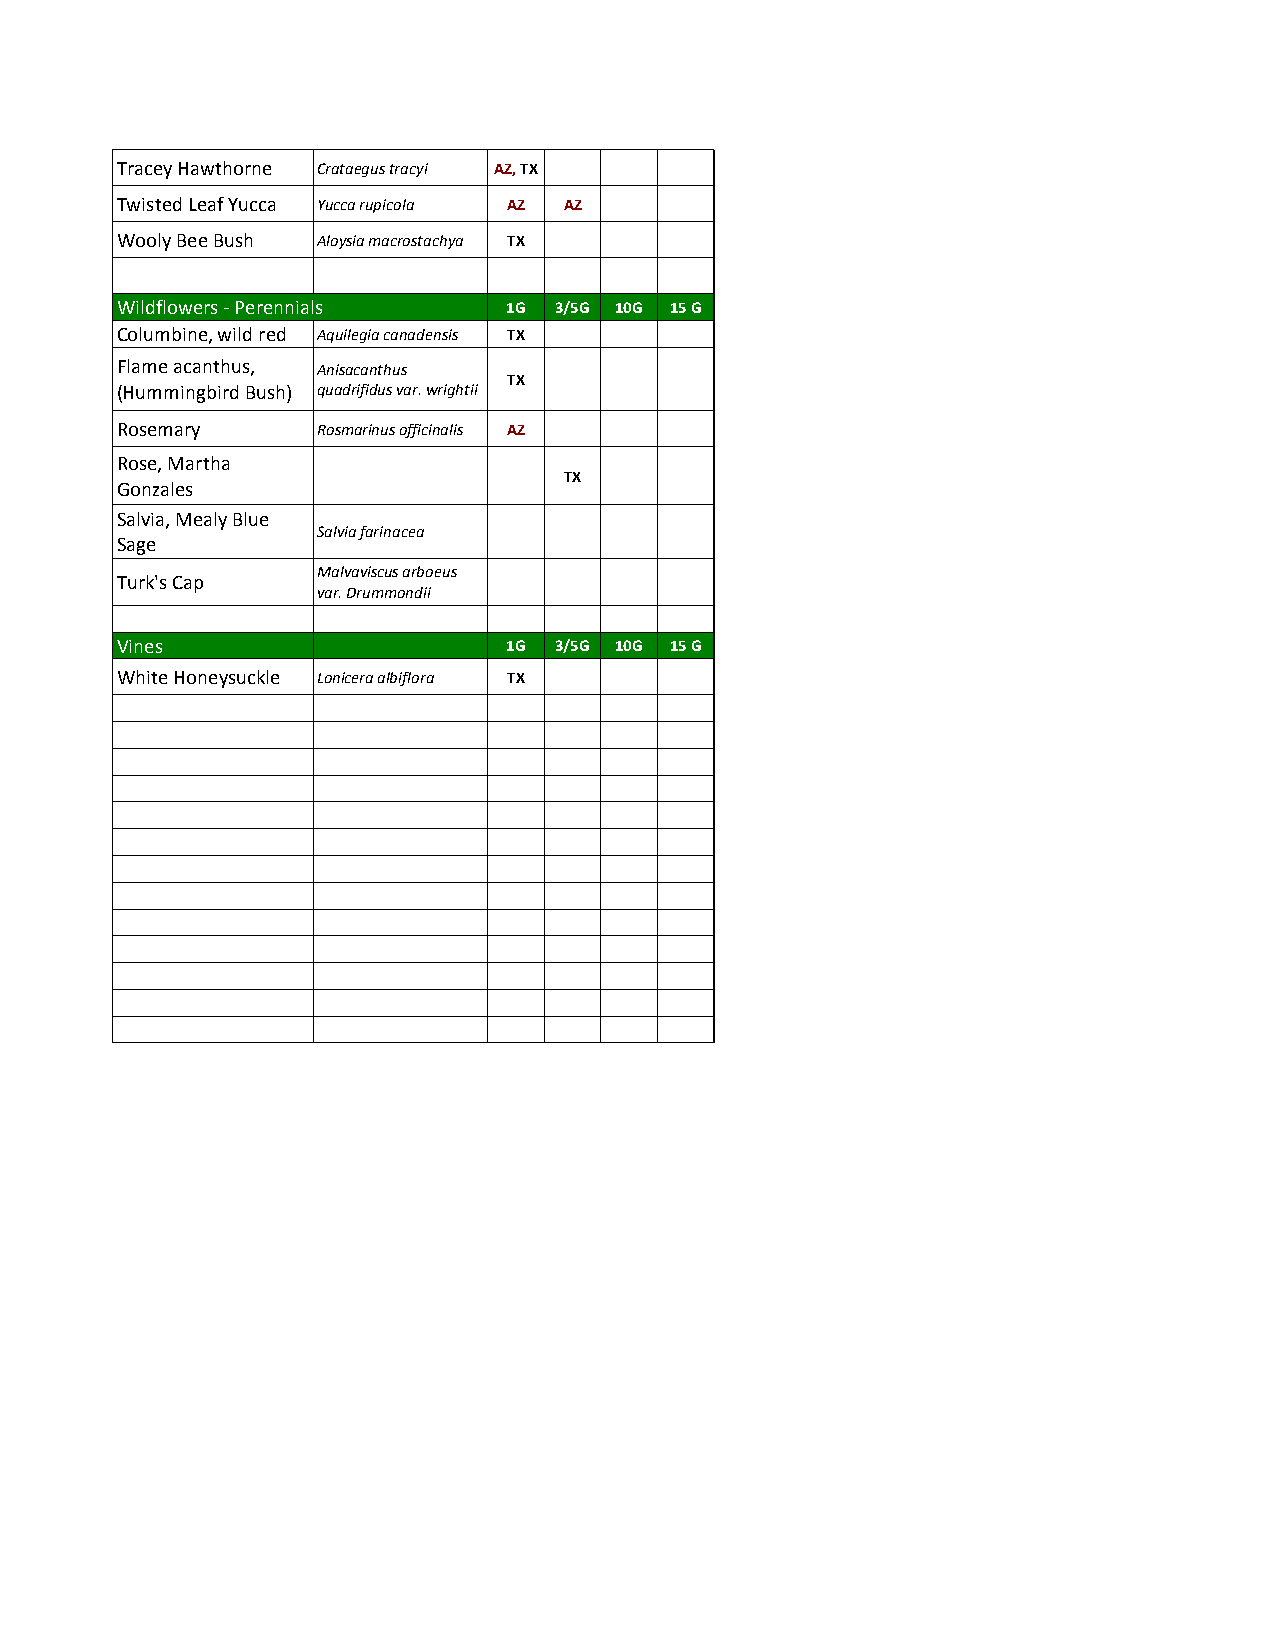
Tracey Hawthorne Crataegus tracyi AZ, TX
 Twisted Leaf Yucca Yucca rupicola AZ AZ
 Wooly Bee Bush Aloysia macrostachya TX
 Wildflowers - Perennials  1G 3/5G 10G 15 G
 Columbine, wild red Aquilegia canadensis TX
 Flame acanthus, Anisacanthus
 TX
 (Hummingbird Bush) quadrifidus var. wrightii
 Rosemary     Rosmarinus officinalis AZ
 Rose, Martha
 TX
 Gonzales
 Salvia, Mealy Blue
 Salvia farinacea
 Sage
 Malvaviscus arboeus
 Turk's Cap
 var. Drummondii
 Vines                     1G 3/5G 10G 15 G
 White Honeysuckle Lonicera albiflora TX